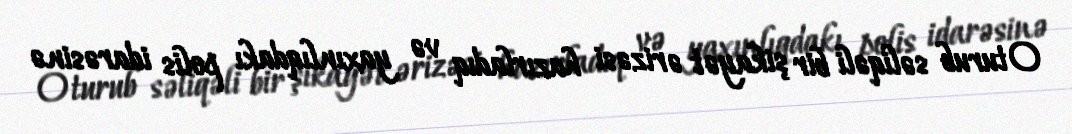
Oturub səliqəli bir şikayət ərizəsi hazırladıq və yaxınlıqdakı polis idarəsinə